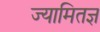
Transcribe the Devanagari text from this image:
ज्यामितज्ञ